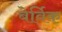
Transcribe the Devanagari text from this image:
बेर्विक